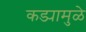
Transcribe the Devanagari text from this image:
कड्यामुळे